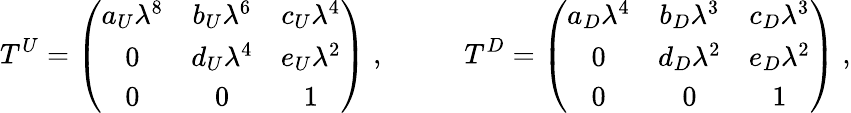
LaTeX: T^{U}=\left(\begin{array}{ccc}{{a_{U}\lambda^{8}}}&{{b_{U}\lambda^{6}}}&{{c_{U}\lambda^{4}}}\\ {{0}}&{{d_{U}\lambda^{4}}}&{{e_{U}\lambda^{2}}}\\ {{0}}&{{0}}&{{1}}\end{array}\right)\; ,\; \; \; \; \; \; \; \; \; \; T^{D}=\left(\begin{array}{ccc}{{a_{D}\lambda^{4}}}&{{b_{D}\lambda^{3}}}&{{c_{D}\lambda^{3}}}\\ {{0}}&{{d_{D}\lambda^{2}}}&{{e_{D}\lambda^{2}}}\\ {{0}}&{{0}}&{{1}}\end{array}\right)\; ,